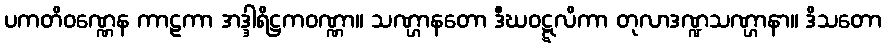
ပကတိဝဏ္ဏေန ကာဠကာ အဒ္ဒါရိဋ္ဌကဝဏ္ဏာ။ သဏ္ဌာနတော ဒီဃဝဋ္ဋလိကာ တုလာဒဏ္ဍသဏ္ဌာနာ။ ဒိသတော